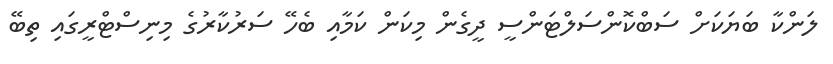
ލަންކާ ބަޔަކަށް ސަބްކޮންސަލްޓަންސީ ދީގެން މިކަން ކަމާއި ބެހޭ ސަރުކާރުގެ މިނިސްޓްރީގައި ތިބޭ